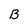
Character: B